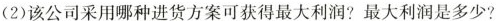
(2)该公司采用哪种进货方案可获得最大利润?最大利润是多少?